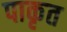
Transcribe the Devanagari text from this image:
पाकृत